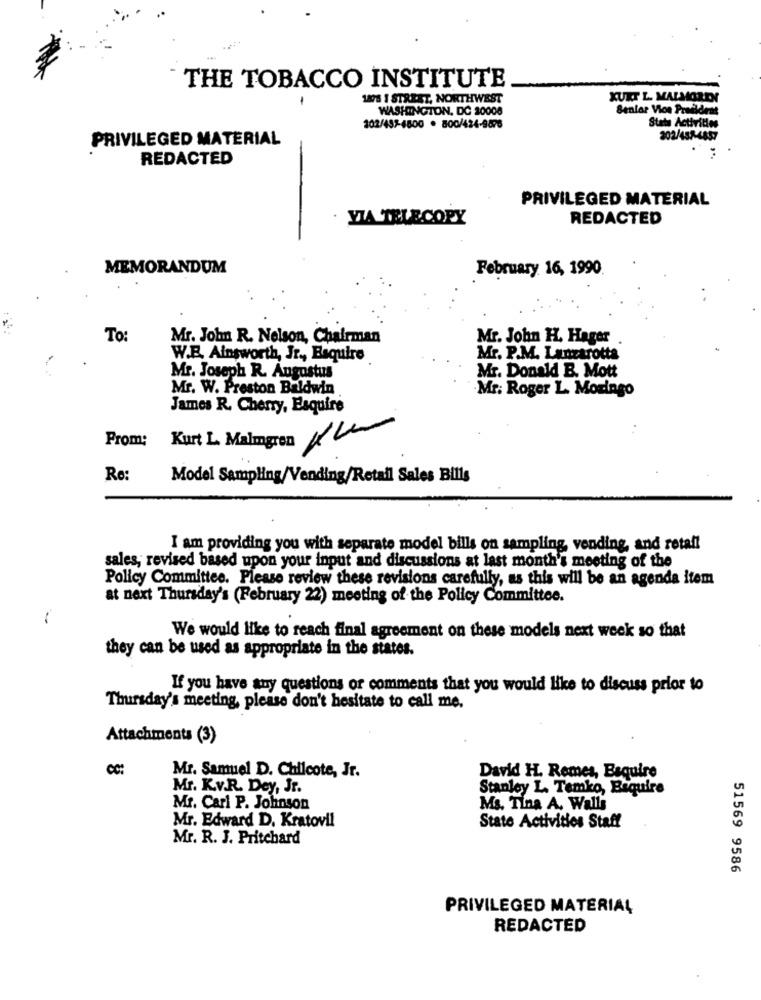
THE TOBACCO INSTITUTE
1875 1 STREST, NORTHWEST
KURT L. MALMOREN
WASHINGTON, DC 20008
Senior Vice President
202/457-4800 . 800/424-9876
Stats Activities
PRIVILEGED MATERIAL
202/453-4857
REDACTED
PRIVILEGED MATERIAL
YIA TELECOPY
REDACTED
MEMORANDUM
February 16, 1990
To:
Mr. John R. Nelson, Chairman
Mr. John H. Hager
W.B. Ainsworth, Jr ., Esquire
Mr. P.M. Lanzarotta
Mr. Joseph R. Augustus
Mr. Donald B. Mott
Mr. W. Preston Baldwin
Mr. Roger L. Moringo
James R. Cherry, Esquire
Prom:
Kurt L. Malungren Ku
Re:
Model Sampling/Vending/Retail Sales Bills
I am providing you with separate model bills on sampling, vending, and retail
sales, revised based upon your input and discussions at last month's meeting of the
Policy Committee. Please review these revisions carefully, as this will be an agenda item
at next Thursday's (February 22) meeting of the Policy Committee.
We would like to reach final agreement on these models next week so that
they can be used as appropriate in the states.
If you have any questions or comments that you would like to discuss prior to
Thursday's meeting, please don't hesitate to call me.
Attachments (3)
Mr. Samuel D. Chilcote, Jr.
David H. Remes, Baquire
Mr. K.v.R. Dey, Jr.
Stanley L. Temko, Bequire
Mr. Cari P. Johnson
Ms. Tina A. Walls
Mr. Edward D. Kratovil
State Activities Staff
Mr. R. J. Pritchard
51569 9586
PRIVILEGED MATERIAL
REDACTED